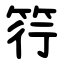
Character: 筕